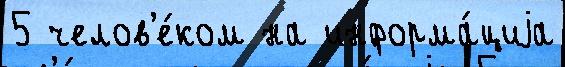
5 челов'е́ком на информа́циjа